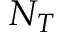
N _ { T }